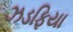
ઝડફિયા